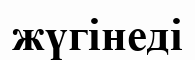
жүгінеді